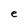
Character: e